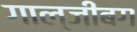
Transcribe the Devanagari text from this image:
गाल्जीबग